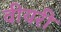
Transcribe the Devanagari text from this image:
वीयरी